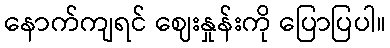
နောက်ကျရင် ဈေးနှုန်းကို ပြောပြပါ။